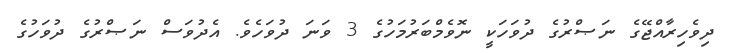
ދިވެހިރާއްޖޭގެ ނަޞްރުގެ ދުވަހަކީ ނޮވެމްބަރުމަހުގެ 3 ވަނަ ދުވަހެވެ. އެދުވަސް ނަޞްރުގެ ދުވަހުގެ